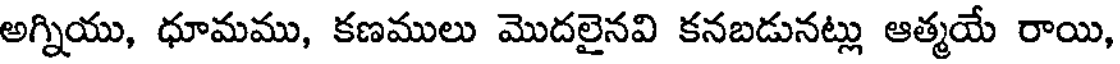
అగ్నియు, ధూమము, కణములు మొదలైనవి కనబడునట్లు ఆత్మయే రాయి,